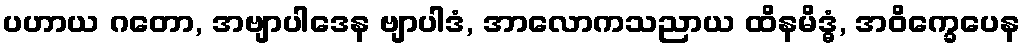
ပဟာယ ဂတော, အဗျာပါဒေန ဗျာပါဒံ, အာလောကသညာယ ထိနမိဒ္ဓံ, အဝိက္ခေပေန